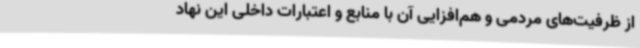
از ظرفیت‌های مردمی و هم‌افزایی آن با منابع و اعتبارات داخلی این نهاد